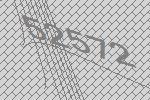
52572